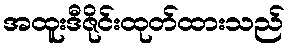
အထူးဒီဇိုင်းထုတ်ထားသည်